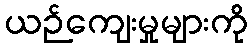
ယဉ်ကျေးမှုများကို